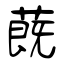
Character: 蔇